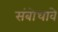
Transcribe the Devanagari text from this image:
संबोधावे